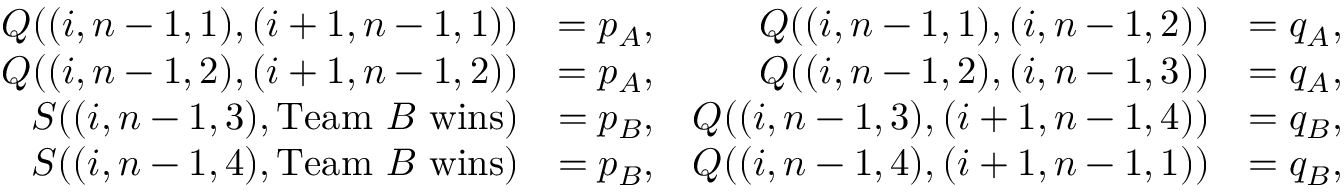
\begin{array} { r l r l } { Q ( ( i , n - 1 , 1 ) , ( i + 1 , n - 1 , 1 ) ) } & { = p _ { A } , } & { Q ( ( i , n - 1 , 1 ) , ( i , n - 1 , 2 ) ) } & { = q _ { A } , } \\ { Q ( ( i , n - 1 , 2 ) , ( i + 1 , n - 1 , 2 ) ) } & { = p _ { A } , } & { Q ( ( i , n - 1 , 2 ) , ( i , n - 1 , 3 ) ) } & { = q _ { A } , } \\ { S ( ( i , n - 1 , 3 ) , \mathrm { T e a m ~ } B \mathrm { ~ w i n s } ) } & { = p _ { B } , } & { Q ( ( i , n - 1 , 3 ) , ( i + 1 , n - 1 , 4 ) ) } & { = q _ { B } , } \\ { S ( ( i , n - 1 , 4 ) , \mathrm { T e a m ~ } B \mathrm { ~ w i n s } ) } & { = p _ { B } , } & { Q ( ( i , n - 1 , 4 ) , ( i + 1 , n - 1 , 1 ) ) } & { = q _ { B } , } \end{array}